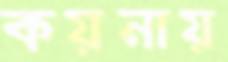
কয়নায়